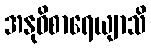
အနုဝိစာရေယျာသိ